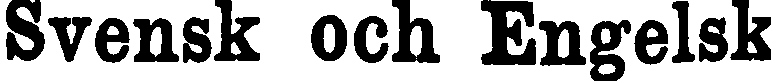
Svensk och Engelsk